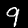
Label: 9